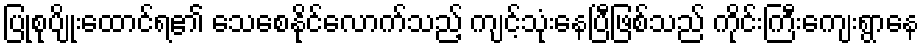
ပြုစုပျိုးထောင်ရ၏ သေစေနိုင်လောက်သည့် ကျင့်သုံးနေပြီဖြစ်သည် ကိုင်းကြီးကျေးရွာနေ